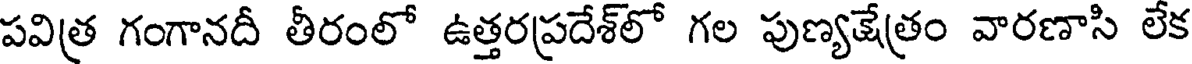
పవిత్ర గంగానదీ తీరంలో ఉత్తరప్రదేశ్లో గల పుణ్యక్షేత్రం వారణాసి లేక